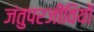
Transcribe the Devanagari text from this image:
जंतुपरजीवियों